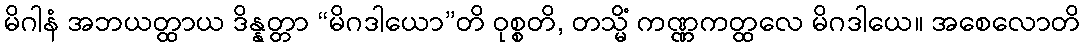
မိဂါနံ အဘယတ္ထာယ ဒိန္နတ္တာ “မိဂဒါယော”တိ ဝုစ္စတိ, တသ္မိံ ကဏ္ဏကတ္ထလေ မိဂဒါယေ။ အစေလောတိ